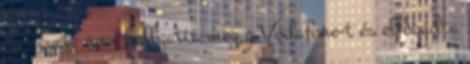
az ügyet, nem hallgatta meg a Vodafone-t és elfogadta